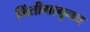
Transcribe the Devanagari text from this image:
भिंतीमागूनच